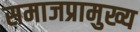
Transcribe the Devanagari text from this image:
समाजप्रामुख्य